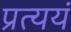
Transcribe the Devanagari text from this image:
प्रत्ययं